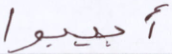
أجيبوا